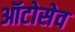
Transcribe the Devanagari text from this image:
ऑटोसेव